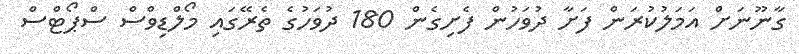
ގާނޫނަށް އަމަލުކުރަން ފަށާ ދުވަހުން ފެށިގެން 180 ދުވަހުގެ ތެރޭގައި މޯލްޑިވްސް ސްޕޯޓްސް